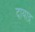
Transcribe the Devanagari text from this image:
दायाद्र